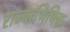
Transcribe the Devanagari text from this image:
राज्याभिषिक्त